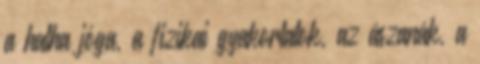
a hatha jóga, a fizikai gyakorlatok, az ászanák, a